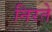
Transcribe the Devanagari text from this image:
निरते